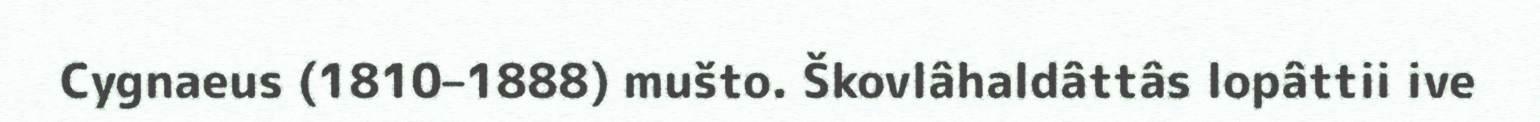
Cygnaeus (1810–1888) mušto. Škovlâhaldâttâs lopâttii ive